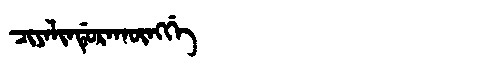
Manchu: ᠴᡳᠶᠠᠯᡳᠨᡩᡠᡵᠠᡴᡡᠩᡤᡝ
Romanization: CIYALINDURAKŪNGGE